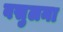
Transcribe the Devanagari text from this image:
वसुलना